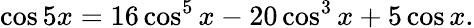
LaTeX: \cos 5x=16\cos^{5}x-20\cos^{3}x+5\cos x.